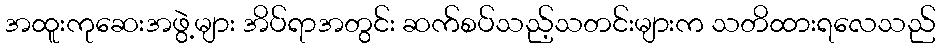
အထူးကုဆေးအဖွဲ့များ အိပ်ရာအတွင်း ဆက်စပ်သည့်သတင်းများက သတိထားရလေသည်